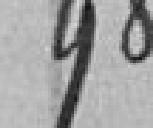
98